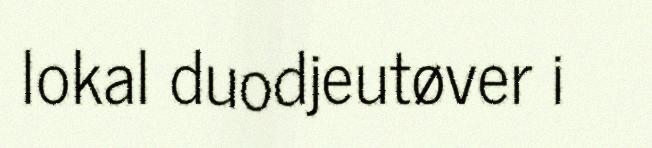
lokal duodjeutøver i